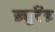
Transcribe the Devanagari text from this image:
ड्युरैंड